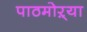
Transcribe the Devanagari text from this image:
पाठमोऱ्या